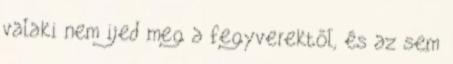
valaki nem ijed meg a fegyverektől, és az sem